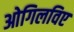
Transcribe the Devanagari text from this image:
ओगिलविए